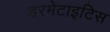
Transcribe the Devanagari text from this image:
डरमेटाइटिस